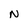
Character: N